system: You are a helpful assistant.
user:
Analyze the provided spectrum to determine if it is a **M-type Giant (gM)**.

A M-type Giant spectrum is defined by its **strong molecular absorption** features, particularly from **Titanium Oxide (TiO)**. You must check for one of the following mutually exclusive signatures:

- **Key Visual Indicators (Absorption-Dominated Spectrum):**

    - **(Primary):** The spectrum is dominated by strong molecular absorption from **Titanium Oxide (TiO)**. This is the **defining feature** of its M-type temperature class.
        - **(Key Bandheads):** Look for sharp, "saw-tooth" absorption valleys. The strongest are located near **~7050 Å**, **~6160 Å**, and **~5170 Å**.
        - **(Line Profile):** The "saw-tooth" morphology is critical: a **sharp, steep drop on the BLUE (short-wavelength) side** of the bandhead, followed by a gradual recovery (rising flux) towards the RED (long-wavelength) side.

    - **(Key Confirmation - Giant vs. Dwarf):** **ABSENCE** of strong **Calcium Hydride (CaH)** molecular bands. This is the primary diagnostic for *excluding* M-dwarfs.
        - **(Key Region):** The spectrum should lack the strong, broad absorption band seen in dwarfs between **~6800 Å and ~7000 Å**.

    - **(Secondary Confirmation - Giant):** A very strong and broad **Neutral Calcium (Ca I)** atomic absorption line.
        - **(Key Line):** Located at **~4226 Å**. In a giant (gM), this line is significantly deeper and broader than the same line in an M-dwarf (dM) due to low surface gravity.

    - **(Overall Spectrum):**
        - The continuum is **extremely red-sloping** (i.e., flux is very low in the blue and rises dramatically towards the red).
        - The entire spectrum appears "chopped up" by the deep TiO bands.

Think first, call **spectral_visualization_tool** if needed to examine features in detail, then provide your final answer. Your response must adhere to the following strict rules:
1.  **Overall Structure:** Your response must follow the format `<think>...</think> <tool_call>...</tool_call> (if a tool is used) <answer>...</answer>`.
2.  **Tool Usage Constraint:** You may only make **one** tool call per turn.
3.  **Final Answer Format:** In the `<answer>` tag, your conclusion must be inside a `\boxed{}` command (e.g., `\boxed{YES}` or `\boxed{NO}`), followed by your justification.

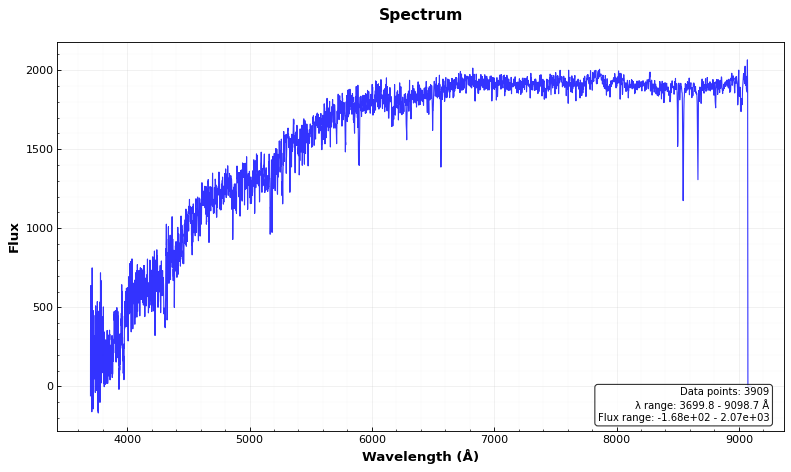
Answer: NO